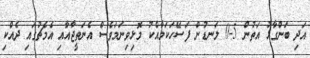
އަދި ބަންގާޅު އަތުން 5-0 ލަނޑުން ފަސޭހަކަމާއެކު މޮޅިވިނަމަވެސް އެނަތީޖާއާއި އެމެޗުގައި ދެއްކި